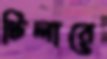
টিলারে